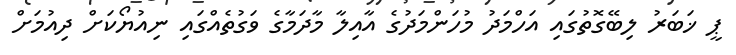
ޕީ ޚަބަރު ލިބޭގޮތުގައި އަހްމަދު މުހަންމަދުގެ އާއިލާ މާދަމާގެ ވަގުތެއްގައި ނިއުޔޯކަށް ދިއުމަށް